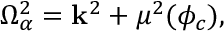
\Omega _ { \alpha } ^ { 2 } = { \bf k } ^ { 2 } + \mu ^ { 2 } ( \phi _ { c } ) ,